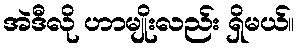
အဲဒီလို ဟာမျိုးလည်း ရှိမယ်။